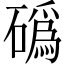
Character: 䃣